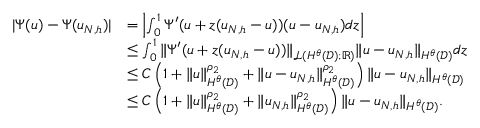
\begin{array} { r l } { | \Psi ( u ) - \Psi ( u _ { N , h } ) | } & { = \left| \int _ { 0 } ^ { 1 } \Psi ^ { \prime } ( u + z ( u _ { N , h } - u ) ) ( u - u _ { N , h } ) d z \right| } \\ & { \le \int _ { 0 } ^ { 1 } \| \Psi ^ { \prime } ( u + z ( u _ { N , h } - u ) ) \| _ { \mathcal { L } ( H ^ { \theta } ( \mathcal { D } ) ; \mathbb { R } ) } \| u - u _ { N , h } \| _ { H ^ { \theta } ( \mathcal { D } ) } d z } \\ & { \le C \left( 1 + \| u \| _ { H ^ { \theta } ( \mathcal { D } ) } ^ { \rho _ { 2 } } + \| u - u _ { N , h } \| _ { H ^ { \theta } ( \mathcal { D } ) } ^ { \rho _ { 2 } } \right) \| u - u _ { N , h } \| _ { H ^ { \theta } ( \mathcal { D } ) } } \\ & { \le C \left( 1 + \| u \| _ { H ^ { \theta } ( \mathcal { D } ) } ^ { \rho _ { 2 } } + \| u _ { N , h } \| _ { H ^ { \theta } ( \mathcal { D } ) } ^ { \rho _ { 2 } } \right) \| u - u _ { N , h } \| _ { H ^ { \theta } ( \mathcal { D } ) } . } \end{array}